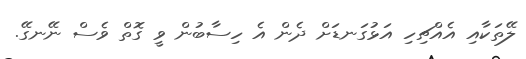
ލޭތަކާއި އެއްޗިހި އަޅުގަނޑަށް ދެން އެ ހިސާބުން ވީ ގޮތް ވެސް ނޭނގޭ.